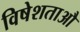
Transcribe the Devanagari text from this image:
विषेशताऔ